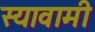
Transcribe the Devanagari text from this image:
स्यावामी